Annual report on the lock hospitals of the Madras Presidency
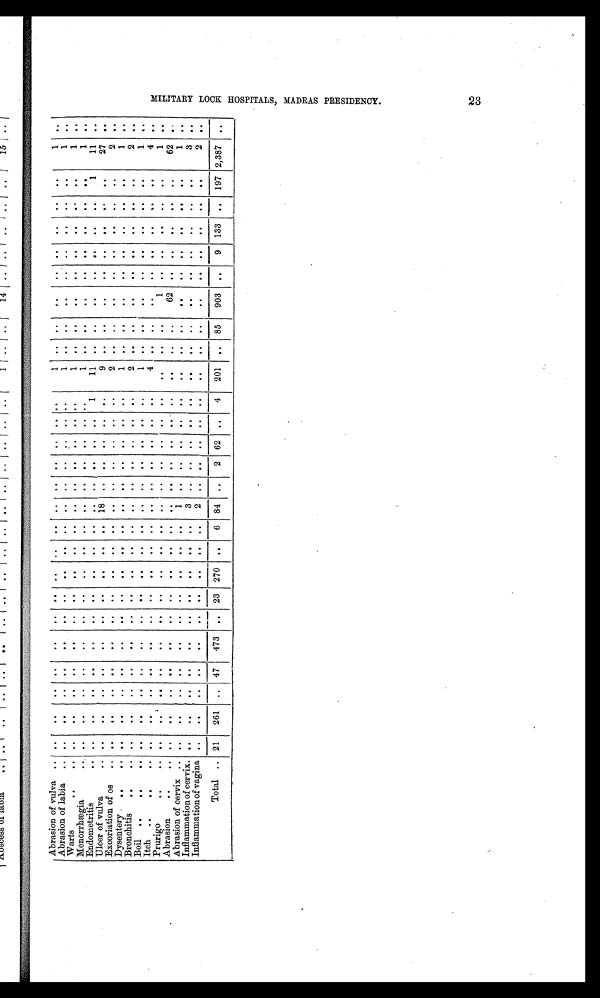
Abrasion of vulva
..
. .
. . . .
. .
. .
. .
. .
. .
..
. .
. .
. .
. .
. .
. . . .
1
. .
. .
. . ..
..
. .
. .
. .
1
. .
Abrasion of labia
..
...
. .
. .
. .
. .
..
. .
..
..
. .
. .
. .
. .
. .
. . . .
1
..
..
..
..
. .
. .
. .
. .
1
. .
Warts
..
..
..
..
..
. .
..
. .
. .
..
. .
. .
. .
. .
. .
. .
. .
1
. .
..
. .
. .
. .
. .
. .
. .
1
. .
Menorrhægia
..
. .
. .
. .
. .
..
..
. .
. .
..
. .
. .
. .
. .
. .
. .
. .
1
..
..
. . ..
. .
. .
. .
. .
1
. .
Endometritis
..
. .
. .
. .
. .
. .
..
. .
. .
..
. .
. .
. .
. .
. .
. .
1
11
. .
. .
. .
. .
. .
. .
. .
1
11
..
Ulcer of vulva
..
. .
..
. .
. .
. .
..
. .
. .
..
. .
18
. .
. .
. .
. .
. .
9
. .
..
..
..
. .
. .
..
. .
27
. .
Excoriation of os
..
..
. . ..
. .
. .
..
. .
. .
..
. .
. .
. .
. .
. .
. .
. .
2
. .
. .
. .
. .
. .
. .
. .
. .
2
. .
Dysentery
..
..
. .
. .
. .
. .
. .
.. ..
..
..
. .
..
. .
. .
. .
. .
. .
1
..
. .
. .
. .
. .
. .
. .
. .
1
. .
Bronchitis
..
..
. .
..
..
..
.
.
..
. .
. .
..
. .
. .
. .
. .
..
. .
. .
2
..
..
..
..
. .
. .
. .
. .
2
. .
Boil
..
..
..
. .
. . . .
.. .. ..
. .
. .
..
. .
. .
. .
. .
. .
. .
. .
1
. .
. .
. .
. .
. .
. .
. .
. .
1
. .
Itch
..
..
..
. .
. . . .
..
..
..
. .
. .
..
. .
. .
..
. .
. .
. .
. .
4
. .
. .
. .
. .
. .
. .
. .
. .
4
. .
Prurigo
..
. .
. . ..
. .
. .
..
. .
. .
..
. .
. .
. .
. .
. .
. .
. .
..
..
. .
1
. .
. .
. .
. .
. .
1
..
Abrasion
..
..
..
..
..
. .
. .
..
. .
. .
..
. .
. .
. .
. .
. .
. .
. .
. .
..
. .
62
. . ..
..
. .
. .
62 ..
Abrasion of cervix ..
..
. . ..
..
. .
..
. .
. .
..
. .
1
. .
. .
. .
. .
. .
. .
. .
. .
. .
. .
. .
. .
..
. .
1
. .
Inflammation of cervix. ..
..
..
. .
. . ..
. .
. .
..
. .
3 ..
. . ..
. .
. .
. .
..
. .
. .
. .
. .
. .
. .
. .
3
. .
Inflammation of vagina ..
. . ..
..
..
..
. .
. .
..
..
2
. .
. .
. .
..
. .
. .
..
..
..
. .
. .
. .
. .
. .
2
..
Total .. 21
261
..
47
473
..
23
270
..
6
84
..
2
62
..
4
201
..
85
903
..
9
133
..
197 2,387
..